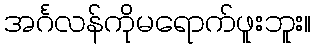
အင်္ဂလန်ကိုမရောက်ဖူးဘူး။